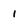
Character: 1